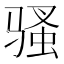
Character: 骚